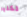
لكلير